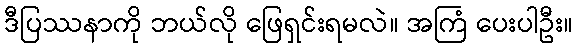
ဒီပြဿနာကို ဘယ်လို ဖြေရှင်းရမလဲ။ အကြံ ပေးပါဦး။